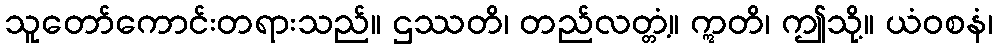
သူတော်ကောင်းတရားသည်။ ဌဿတိ၊ တည်လတ္တံ့။ ဣတိ၊ ဤသို့။ ယံဝစနံ၊